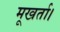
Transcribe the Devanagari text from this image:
मूखर्ता।